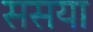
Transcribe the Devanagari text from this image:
ससया